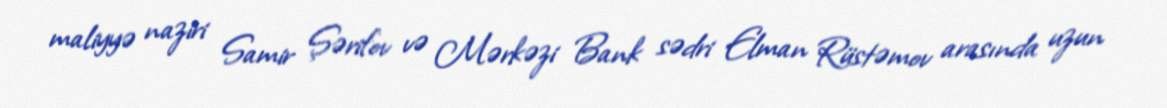
maliyyə naziri Samir Şərifov və Mərkəzi Bank sədri Elman Rüstəmov arasında uzun